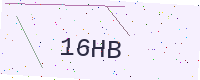
Text: 16HB